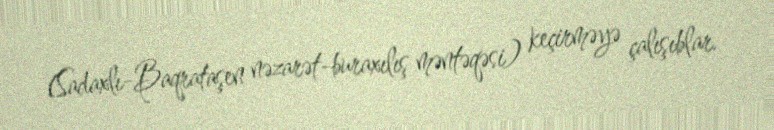
(Sadaxlı-Baqrataşen nəzarət-buraxılış məntəqəsi) keçirməyə çalışıblar.